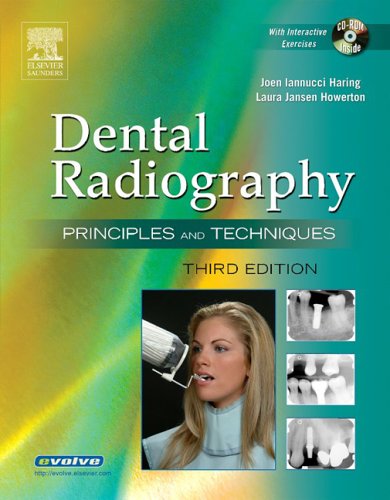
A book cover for Dental Radiography: Principles and Techniques; Joen M. Iannucci; Medical Books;